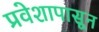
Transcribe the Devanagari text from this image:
प्रवेशापासून